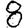
Digit: 8